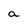
Character: a